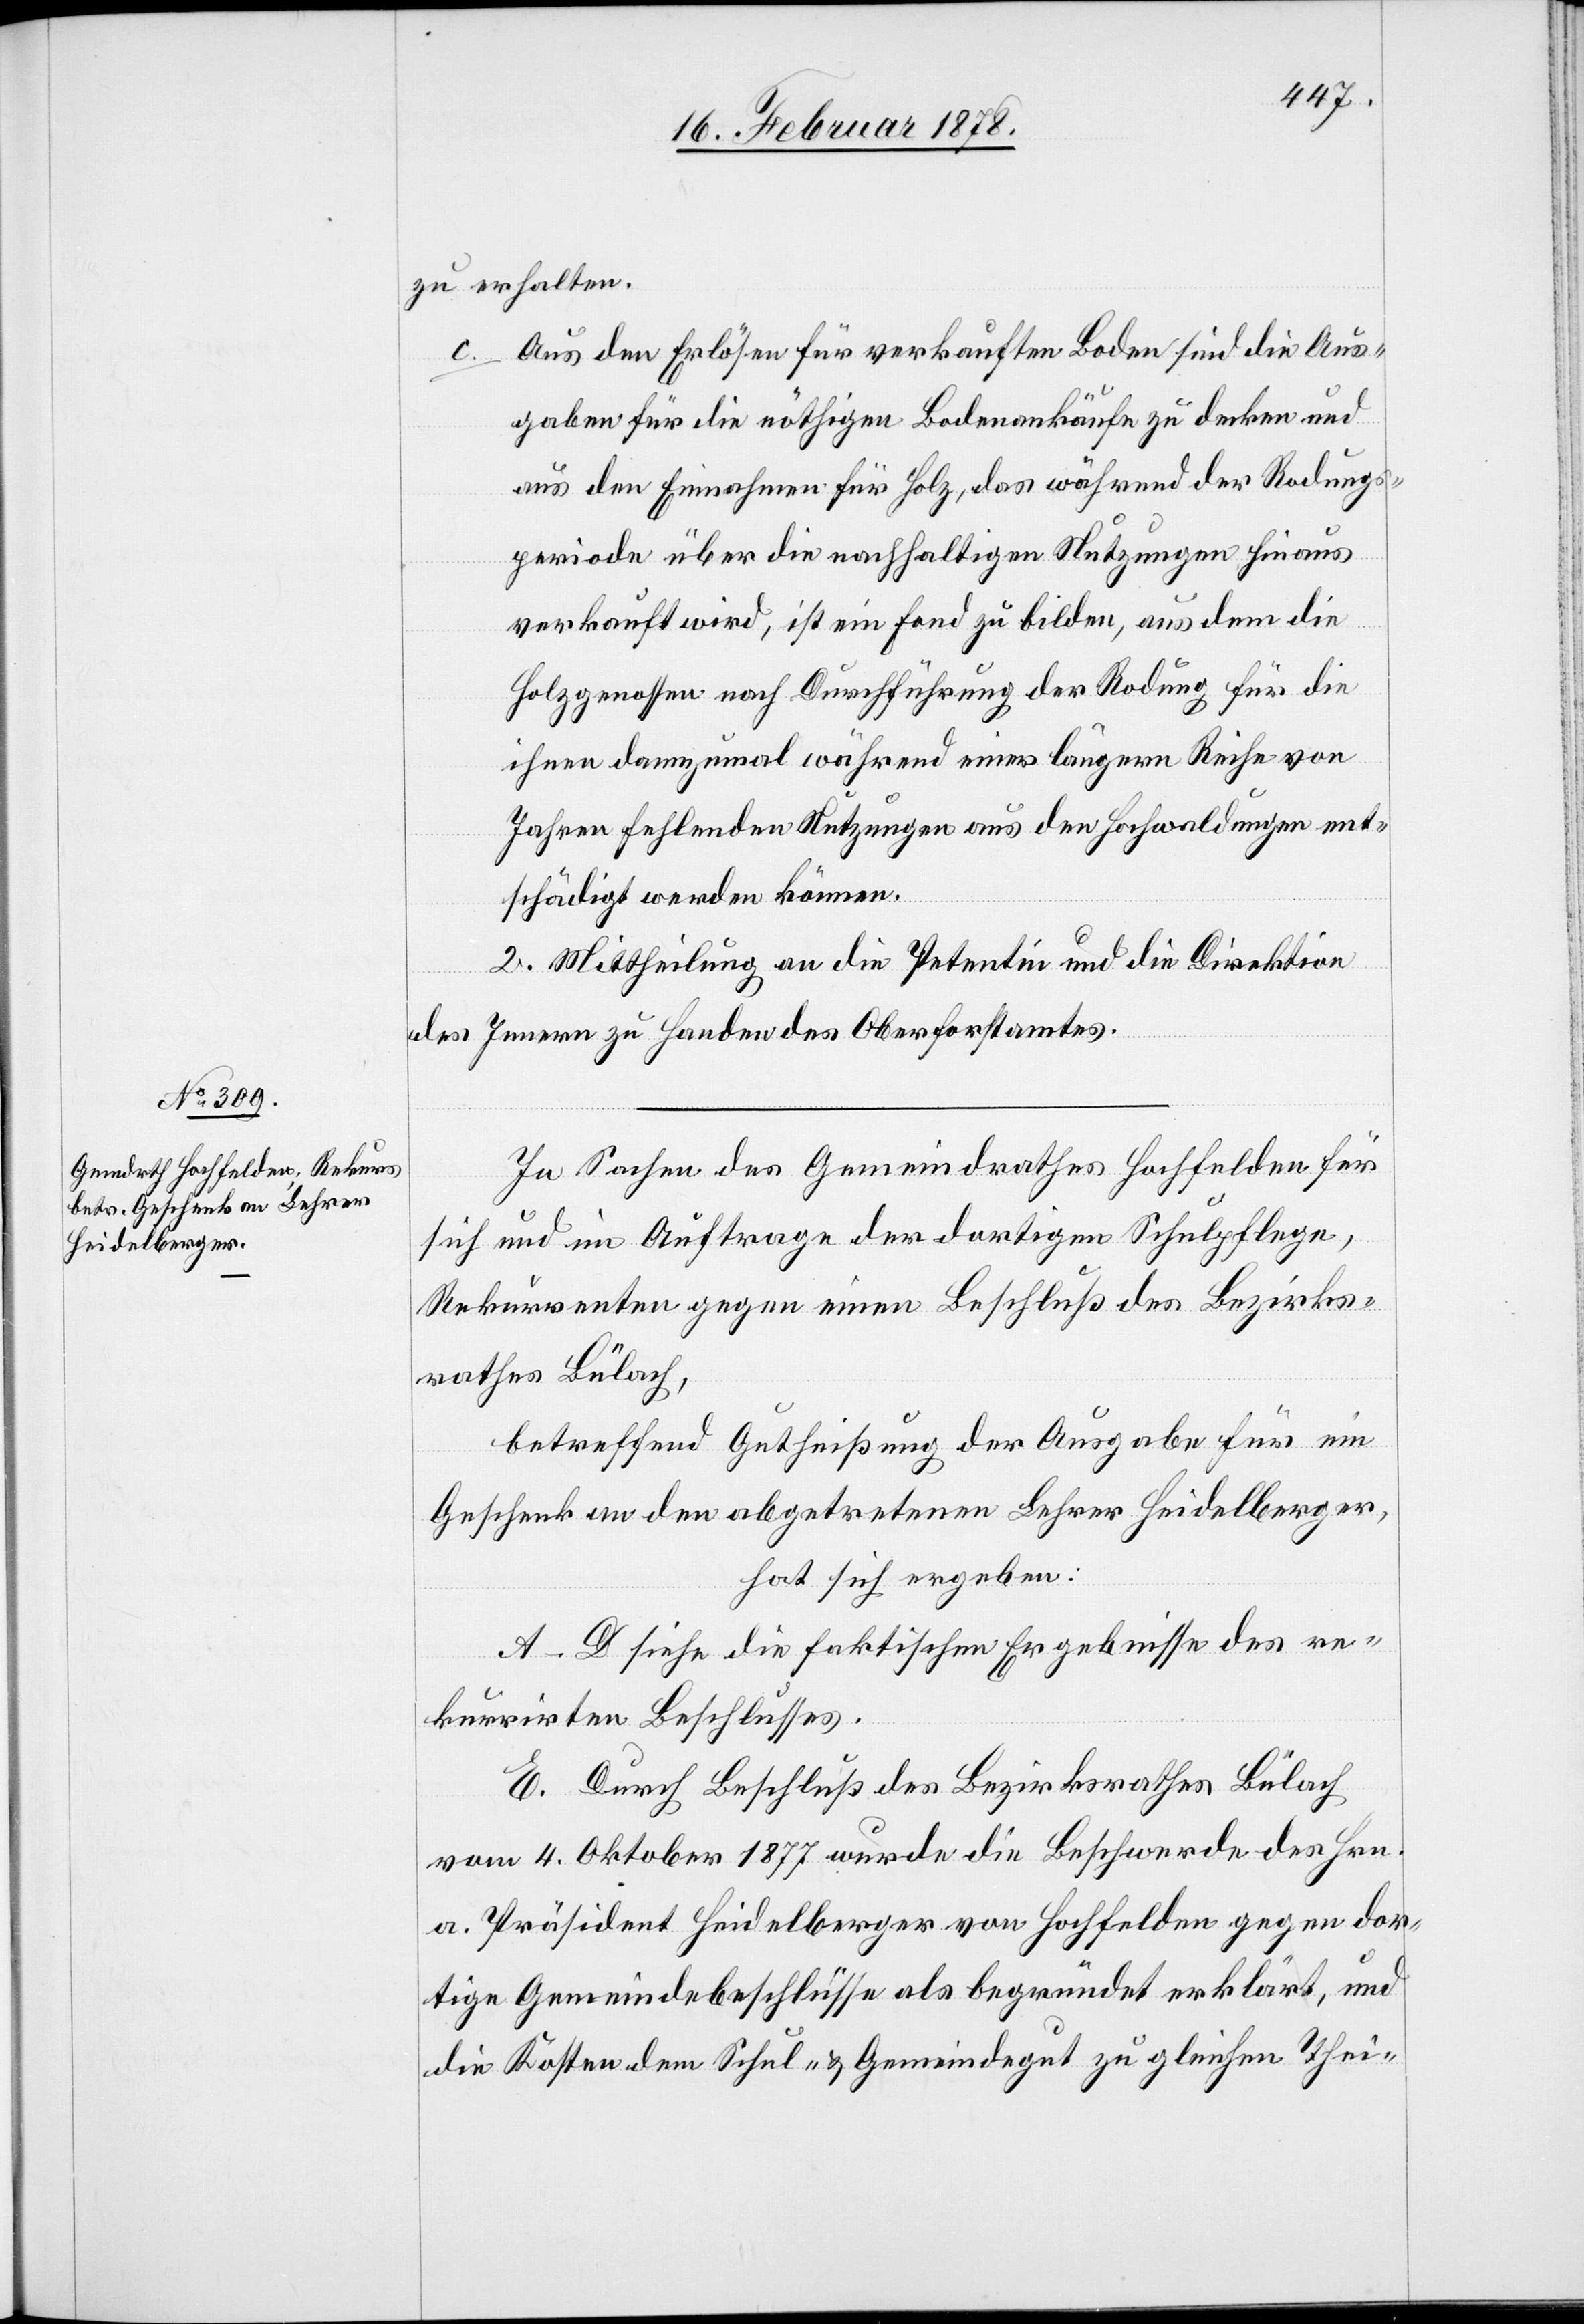
zu erhalten.
Aus den Erlösen für verkauften Boden sind die Aus¬
gaben für die nöthigen Bodenankäufe zu decken und
aus den Einnahmen für Holz, das während der Rodungs¬
periode über die nachhaltigen Nutzungen hinaus
verkauft wird, ist ein Fond zu bilden, aus dem die
Holzgenossen nach Durchführung der Rodung für die
ihren dannzumal während einer längern Reihe von
Jahren fehlenden Nutzungen aus den Hochwaldungen ent¬
schädigt werden können.
2. Mittheilung an die Petentin und die Direktion
des Innern zu Handen des Oberforstamtes.
In Sachen des Gemeindrathes Hochfelden für
sich und im Auftrage der dortigen Schulpflege,
Rekurrenten gegen einen Beschluß des Bezirks¬
rathes Bülach,
betreffend Gutheißung der Ausgabe für ein
Geschenk an den abgetretenen Lehrer Heidelberger,
hat sich ergeben:
A–D siehe die faktischen Ergebnisse des re¬
kurrirten Beschlusses.
E. Durch Beschluß des Bezirksrathes Bülach
vom 4. Oktober 1877 wurde die Beschwerde des Hrn.
a. Präsident Heidelberger von Hochfelden gegen dor¬
tige Gemeindsbeschlüsse als begründet erklärt, und
die Kosten dem Schul- & Gemeindegut zu gleichen Thei-